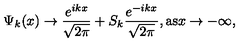
\Psi _ { k } ( x ) \rightarrow \frac { e ^ { i k x } } { \sqrt { 2 \pi } } + S _ { k } \frac { e ^ { - i k x } } { \sqrt { 2 \pi } } , \mathrm { a s } x \rightarrow - \infty ,